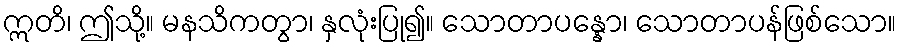
ဣတိ၊ ဤသို့။ မနသိကတွာ၊ နှလုံးပြု၍။ သောတာပန္နော၊ သောတာပန်ဖြစ်သော။